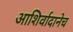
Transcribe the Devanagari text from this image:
आशिर्वादानेच